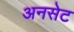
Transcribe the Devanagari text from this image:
अनसेट